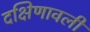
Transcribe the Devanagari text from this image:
दक्षिणावली